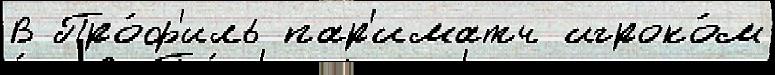
В Про́ф'иль пар'иматч игроко́м